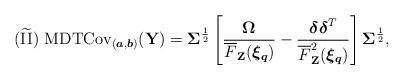
LaTeX: \begin{align*}\mathrm{(\widetilde{II})}~&\mathrm{MDTCov}_{(\boldsymbol{a},\boldsymbol{b})}(\mathbf{Y})=\mathbf{\Sigma}^{\frac{1}{2}}\left[ \frac{\boldsymbol{\Omega}}{\overline{F}_{\mathbf{Z}}(\boldsymbol{\xi_{q}})}-\frac{\boldsymbol{\delta}\boldsymbol{\delta}^{T}}{\overline{F}_{\mathbf{Z}}^{2}(\boldsymbol{\xi_{q}})} \right] \mathbf{\Sigma}^{\frac{1}{2}},\end{align*}